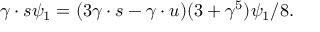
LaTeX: \gamma \cdot s \psi _ { 1 } = ( 3 \gamma \cdot s - \gamma \cdot u ) ( 3 + \gamma ^ { 5 } ) \psi _ { 1 } / 8 .